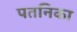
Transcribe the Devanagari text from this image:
पतनिका